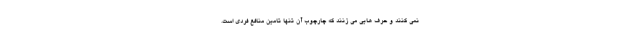
نمي كنند و حرف هايي مي زنند كه چارچوب آن تنها تامين منافع فردي است.